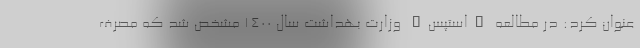
عنوان کرد: در مطالعه "استپس" وزارت بهداشت سال 1400 مشخص شد که مصرف